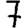
Digit: 7